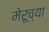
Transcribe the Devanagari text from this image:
मेरूच्या